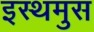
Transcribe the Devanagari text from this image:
इस्थमुस